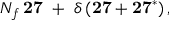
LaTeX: N _ { f } \, { \bf 2 7 } \ + \ \delta \, ( { \bf 2 7 } + { \bf 2 7 ^ { * } } ) \, ,